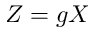
Z = g X